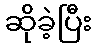
ဆိုခဲ့ပြီး